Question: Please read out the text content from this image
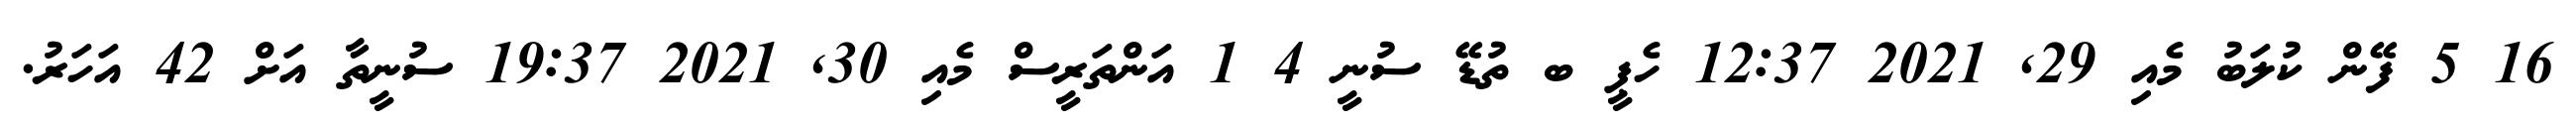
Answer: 16 5 ފޭން ކުލަބު މެއި 29, 2021 12:37 ހެޕީ ބ ތުޑޭ ސުނީ 4 1 އަންތަރީސް މެއި 30, 2021 19:37 ސުނީތާ އަށް 42 އަހަރު.